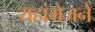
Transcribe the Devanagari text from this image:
यहांभेजने